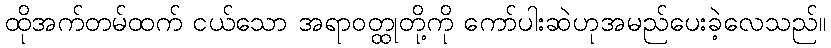
ထိုအက်တမ်ထက် ငယ်သော အရာဝတ္ထုတို့ကို ကော်ပါးဆဲဟုအမည်ပေးခဲ့လေသည်။